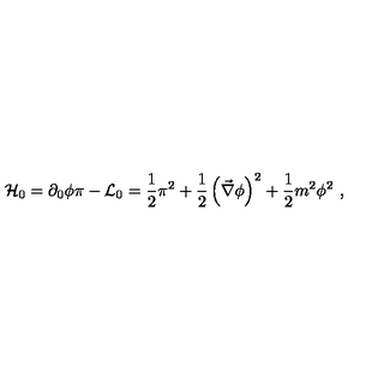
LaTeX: { \cal H } _ { 0 } = \partial _ { 0 } \phi \pi - { \cal L } _ { 0 } = \frac { 1 } { 2 } \pi ^ { 2 } + \frac { 1 } { 2 } \left( \vec { \nabla } \phi \right) ^ { 2 } + \frac { 1 } { 2 } m ^ { 2 } \phi ^ { 2 } \ ,